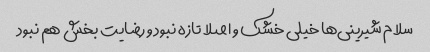
سلام شیرینی‌ها خیلی خشک و اصلا تازه نبود و رضایت بخش هم نبود